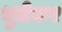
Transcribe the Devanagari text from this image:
भुतेकर